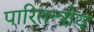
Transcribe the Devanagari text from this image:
पारितन्त्रीय